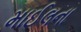
માઈલના